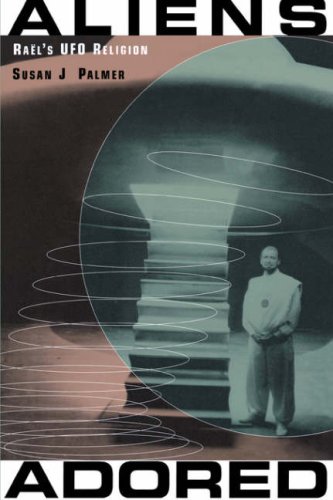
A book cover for Aliens Adored: Rael's UFO Religion; Susan J. Palmer; Religion & Spirituality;